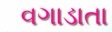
વગાડાતા